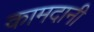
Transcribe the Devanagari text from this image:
कामदानी